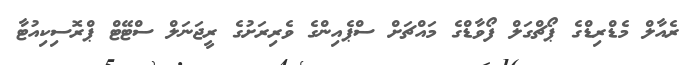
ރެއާލް މެޑްރިޑްގެ ޕޯޗްގަލް ފޯވާޑްގެ މައްޗަށް ސްޕެއިންގެ ވެރިރަށުގެ ރީޖަނަލް ސްޓޭޓް ޕްރޮސިކިއުޓާ